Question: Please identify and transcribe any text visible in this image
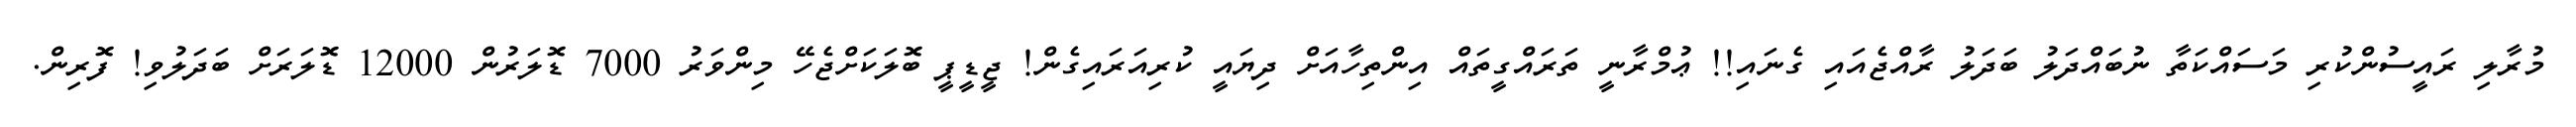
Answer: މުރާލި ރައީސުންކުރި މަސައްކަތާ ނުބައްދަލު ބަދަލު ރާއްޖެއައި ގެނައި!! ޢުމްރާނީ ތަރައްގީތައް އިންތިހާއަށް ދިޔައީ ކުރިއަރައިގެން! ޖީޑީޕީ ބޮލަކަށްޖެހޭ މިންވަރު 7000 ޑޮލަރުން 12000 ޑޮލަރަށް ބަދަލުވި! ފޮރިން.